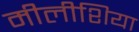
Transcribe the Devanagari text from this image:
मीलीशिया